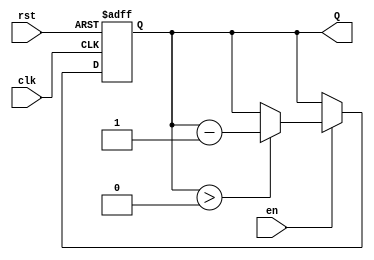
module binary_down_counter #(
    parameter WIDTH = 4  // Parameter defining the width of the counter
) (
    input wire clk,      // Clock input
    input wire rst,      // Asynchronous reset input
    input wire en,       // Enable signal to decrement the counter
    output reg [WIDTH-1:0] Q  // Current count output
);

    localparam MAX_COUNT = (1 << WIDTH) - 1;  // Maximum count value (for WIDTH bits)

    // Asynchronous reset and count logic
    always @(posedge clk or posedge rst) begin
        if (rst) begin
            Q <= MAX_COUNT;  // Initialize to maximum count value
        end else if (en) begin
            if (Q > 0) begin
                Q <= Q - 1;  // Decrement the count
            end
            // Handling underflow can be implemented here based on requirements.
            // Uncomment the next line to enable wrap-around behavior:
            // else begin
            //     Q <= MAX_COUNT; // Wrap around to max count when underflow occurs
            // end
        end
    end

endmodule